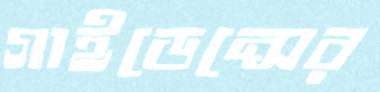
গাইডেন্সের